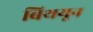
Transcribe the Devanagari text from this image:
बिथयून